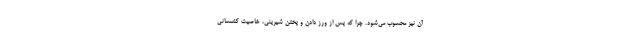
آن نیز محسوب می‌شود. چرا که پس از ورز دادن و پختن شیرینی، خاصیت کشسانی